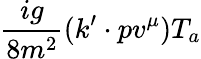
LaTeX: {\frac{ig}{8m^{2}}}(k^{\prime}\cdot pv^{\mu})T_{a}